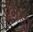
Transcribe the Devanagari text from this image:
ठुमड़ा